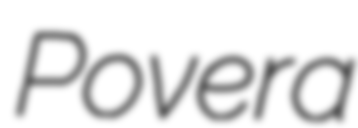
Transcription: Povera